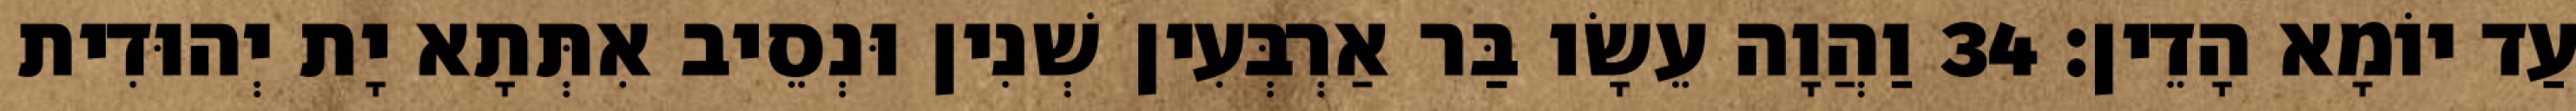
עַד יוֹמָא הָדֵין׃ 34 וַהֲוָה עֵשָׂו בַּר אַרְבְּעִין שְׁנִין וּנְסֵיב אִתְּתָא יָת יְהוּדִית